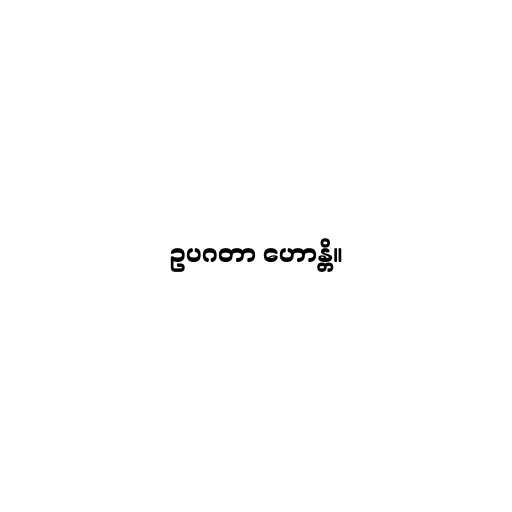
ဥပဂတာ ဟောန္တိ။